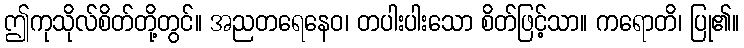
ဤကုသိုလ်စိတ်တို့တွင်။ အညတရေနေဝ၊ တပါးပါးသော စိတ်ဖြင့်သာ။ ကရောတိ၊ ပြု၏။